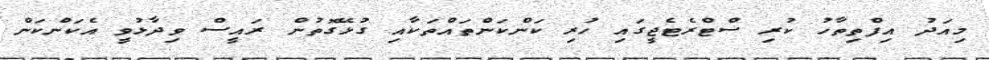
މިއަދު އިފްތިތާހު ކުރި ސްޓްރެޓެޖީގައި ހުރި ކަންކަންތައްތަކާއި ގުޅޭގޮތުން ރައީސް ވިދާޅުވީ އެކަންކަން